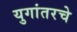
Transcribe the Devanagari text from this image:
युगांतरचे